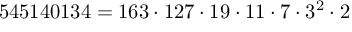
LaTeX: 5 4 5 1 4 0 1 3 4 = 1 6 3 \cdot 1 2 7 \cdot 1 9 \cdot 1 1 \cdot 7 \cdot 3 ^ { 2 } \cdot 2